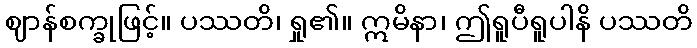
ဈာန်စက္ခုဖြင့်။ ပဿတိ၊ ရှု၏။ ဣမိနာ၊ ဤရူပီရူပါနိ ပဿတိ